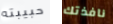
حبيبته نافذتك